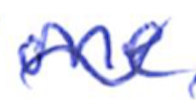
Text: one
Cross-out: wave
Writing tool: ballpoint